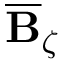
\overline { { \mathbf { B } } } _ { \zeta }